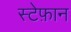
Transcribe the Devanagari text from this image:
स्टेफ़ान